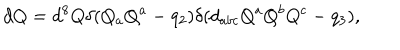
d Q = d ^ { 8 } Q \delta ( { Q _ { a } Q ^ { a } - q _ { 2 } } ) \delta ( { d _ { a b c } Q ^ { a } Q ^ { b } Q ^ { c } - q _ { 3 } } ) ,